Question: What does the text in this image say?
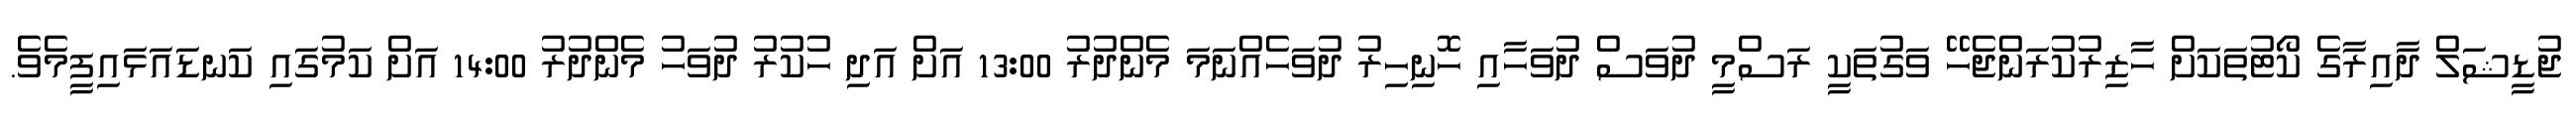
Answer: ޖުޑީޝަލް ދާއިރާގެ ކޯޓުތަކަށް ހާޒިރުކުރަންޖެހޭ ވަގުތަކީ ރަސްމީ ދުވަސް ދުވަހާއި ހޮނިހިރު ދުވަހެއްނަމަ މެންދުރު 13:00 އަށް އަދި ހުކުރު ދުވަހު މެންދުރު 14:00 އަށް ކަމުގައި ކަނޑައަޅައިފީމެވެ.